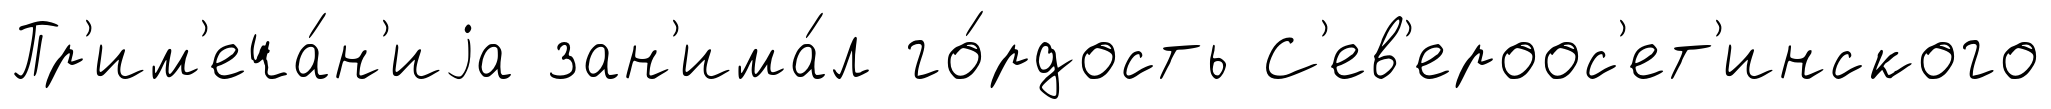
Пр'им'еча́н'иjа зан'има́л го́рдость С'ев'ероос'ет'инского